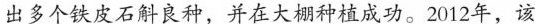
出多个铁皮石斛良种，并在大棚种植成功。2012年，该